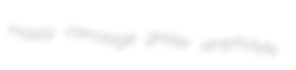
massy carrotage grister ampholyte